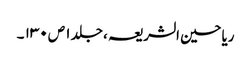
ریاحین الشریعہ ، جلد ۱ ص ۱۳۰ ۔